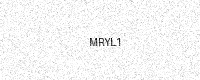
Text: MRYL1